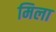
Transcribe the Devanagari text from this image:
मिला